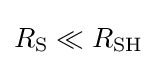
R_{\text{S}}\ll R_{\text{SH}}